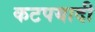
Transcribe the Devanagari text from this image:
कटपयादी